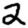
Digit: 2